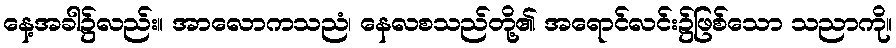
နေ့အခါ၌လည်း။ အာလောကသညံ၊ နေလစသည်တို့၏ အရောင်လင်း၌ဖြစ်သော သညာကို။